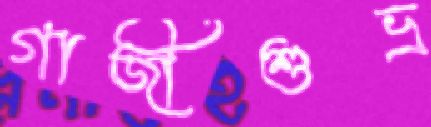
গাজীশুভ্র